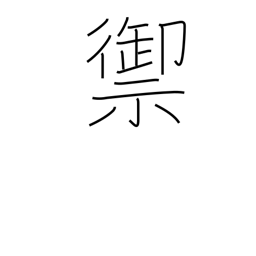
Meaning: resist